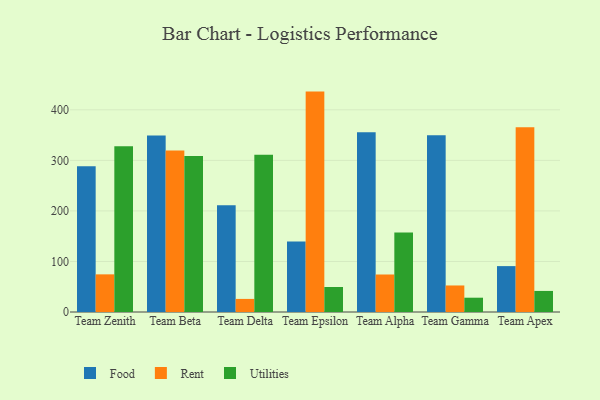
{"axis": {"x": "Team", "y": "LTV (USD)"}, "legend": ["Food", "Rent", "Utilities"], "data": [{"x": "Team Zenith", "y": 288.6, "type": "Food"}, {"x": "Team Zenith", "y": 74.5, "type": "Rent"}, {"x": "Team Zenith", "y": 327.8, "type": "Utilities"}, {"x": "Team Beta", "y": 349.1, "type": "Food"}, {"x": "Team Beta", "y": 319.4, "type": "Rent"}, {"x": "Team Beta", "y": 308.8, "type": "Utilities"}, {"x": "Team Delta", "y": 211.4, "type": "Food"}, {"x": "Team Delta", "y": 25.9, "type": "Rent"}, {"x": "Team Delta", "y": 311.1, "type": "Utilities"}, {"x": "Team Epsilon", "y": 139.6, "type": "Food"}, {"x": "Team Epsilon", "y": 436.1, "type": "Rent"}, {"x": "Team Epsilon", "y": 49.5, "type": "Utilities"}, {"x": "Team Alpha", "y": 355.5, "type": "Food"}, {"x": "Team Alpha", "y": 74.2, "type": "Rent"}, {"x": "Team Alpha", "y": 157.1, "type": "Utilities"}, {"x": "Team Gamma", "y": 349.8, "type": "Food"}, {"x": "Team Gamma", "y": 52.5, "type": "Rent"}, {"x": "Team Gamma", "y": 28.3, "type": "Utilities"}, {"x": "Team Apex", "y": 90.8, "type": "Food"}, {"x": "Team Apex", "y": 365.6, "type": "Rent"}, {"x": "Team Apex", "y": 41.7, "type": "Utilities"}]}